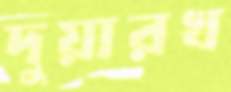
দুয়ারখ